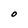
Character: O